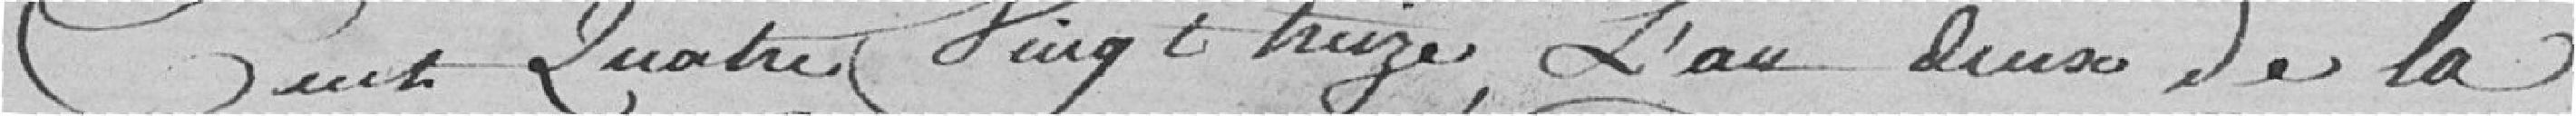
cent quatre vingt treize, l'an deux de la